Reports on dispensaries and lunatic asylums in the Province of Oudh - 1869-1876
Year: 1869
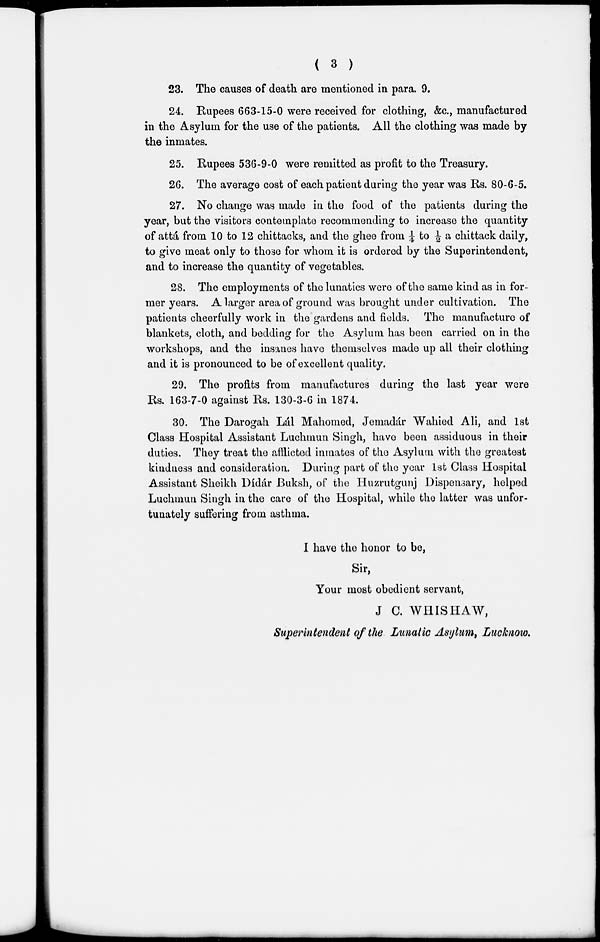
( 3 )
23. The causes of death are mentioned in para. 9.
24. Rupees 663-15-0 were received for clothing, &c., manufactured
in the Asylum for the use of the patients. All the clothing was made by
the inmates.
25. Rupees 536-9-0 were remitted as profit to the Treasury.
26. The average cost of each patient during the year was Rs. 80-6-5.
27. No change was made in the food of the patients during the
year, but the visitors contemplate recommending to increase the quantity
of attá from 10 to 12 chittacks, and the ghee from ¼ to ½ a chittack daily,
to give meat only to those for whom it is ordered by the Superintendent,
and to increase the quantity of vegetables.
28. The employments of the lunatics were of the same kind as in for-
mer years. A larger area of ground was brought under cultivation. The
patients cheerfully work in the gardens and fields. The manufacture of
blankets, cloth, and bedding for the Asylum has been carried on in the
workshops, and the insanes have themselves made up all their clothing
and it is pronounced to be of excellent quality.
29. The profits from manufactures during the last year were
Rs. 163-7-0 against Rs. 130-3-6 in 1874.
30. The Darogah Lál Mahomed, Jemadár Wahied Ali, and 1st
Class Hospital Assistant Luchmun Singh, have been assiduous in their
duties. They treat the afflicted inmates of the Asylum with the greatest
kindness and consideration. During part of the year 1st Class Hospital
Assistant Sheikh Dídár Buksh, of the Huzrutgunj Dispensary, helped
Luchmun Singh in the care of the Hospital, while the latter was unfor-
tunately suffering from asthma.
I have the honor to be,
Sir,
Your most obedient servant,
J C. WHISHAW,
Superintendent of the Lunatic Asylum, Lucknow.